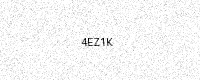
Text: 4EZ1K